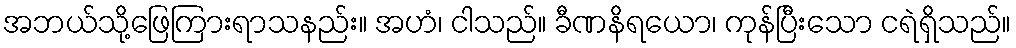
အဘယ်သို့ဖြေကြားရာသနည်း။ အဟံ၊ ငါသည်။ ခီဏနိရယော၊ ကုန်ပြီးသော ငရဲရှိသည်။